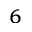
^ 6